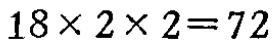
\(18\times 2\times 2=72\)